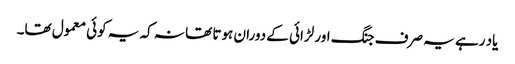
یاد رہے یہ صرف جنگ اور لڑائی کے دوران ہوتا تھا نہ کہ یہ کوئی معمول تھا۔